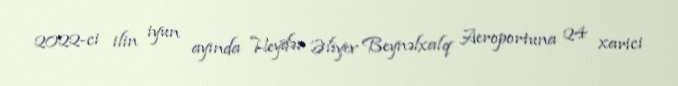
2022-ci ilin iyun ayında Heydər Əliyev Beynəlxalq Aeroportuna 24 xarici